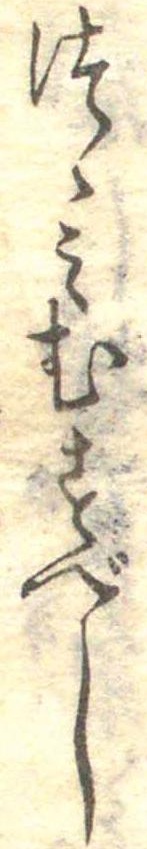
つゝみむすべし